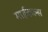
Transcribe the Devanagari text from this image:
माईकल्स